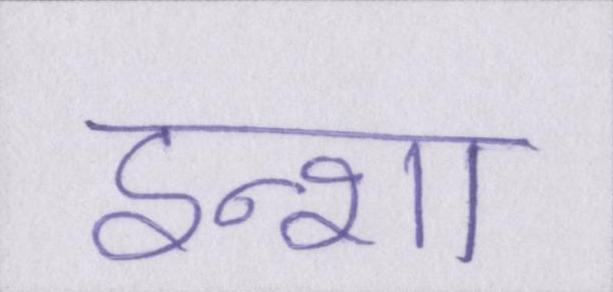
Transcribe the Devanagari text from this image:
इन्शा